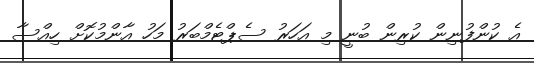
އެ ކުންފުނިން ކުރިން ބުނީ މި އަހަރު ސެޕްޓެމްބަރު މަހު އާންމުކޮށް ހިއްސާ